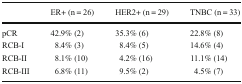
|  | ER+ (n = 26) | HER2+ (n = 29) | TNBC (n = 33) |
 | --- | --- | --- | --- |
 | pCR | 42.9% (2) | 35.3% (6) | 22.8% (8) |
 | RCB-I | 8.4% (3) | 8.4% (5) | 14.6% (4) |
 | RCB-II | 8.1% (10) | 4.2% (16) | 11.1% (14) |
 | RCB-III | 6.8% (11) | 9.5% (2) | 4.5% (7) |